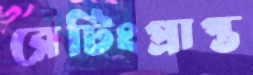
রেটিংপ্রাপ্ত